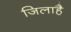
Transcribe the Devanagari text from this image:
जिलाहै